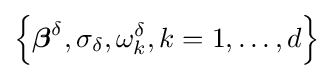
\left\{{\boldsymbol {\beta }}^{\delta },\sigma _{\delta },\omega _{k}^{\delta },k=1,\ldots ,d\right\}